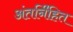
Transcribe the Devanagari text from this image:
अंतर्नि॑हित